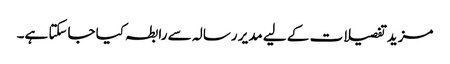
مزید تفصیلات کے لیے مدیر رسالہ سے رابطہ کیا جاسکتا ہے۔